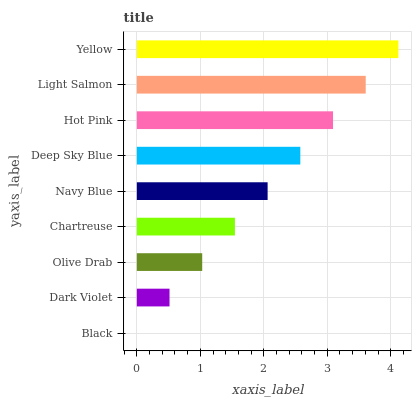
| yaxis_label | bars |
 | --- | --- |
 | Black | 0 |
 | Dark Violet | 0.515 |
 | Olive Drab | 1.03 |
 | Chartreuse | 1.55 |
 | Navy Blue | 2.06 |
 | Deep Sky Blue | 2.58 |
 | Hot Pink | 3.09 |
 | Light Salmon | 3.61 |
 | Yellow | 4.12 |